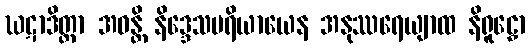
ဃဋာဒိတ္တာ အဝန္တိ နိဒ္ဒေသပရိယာယေန အနုဿရေယျာထ နိရူဠှော